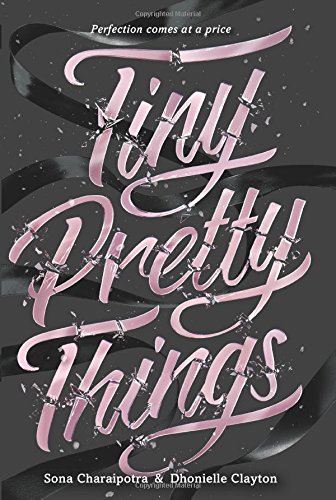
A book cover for Tiny Pretty Things; Sona Charaipotra; Teen & Young Adult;